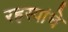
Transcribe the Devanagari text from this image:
रहस्यांचे